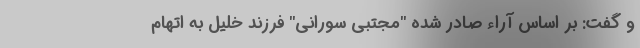
و گفت: بر اساس آراء صادر شده "مُجتبی سورانی" فرزند خلیل به اتهام